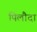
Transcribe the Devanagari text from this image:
पिलौदा